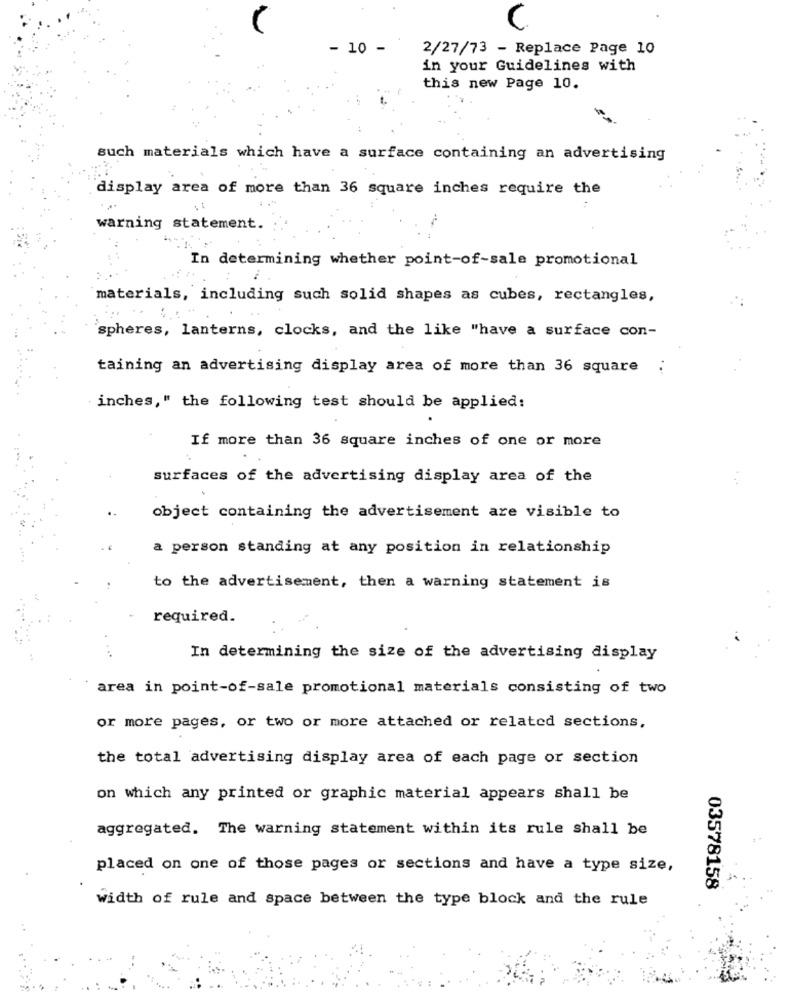
C
- 10 -
2/27/73 - Replace Page 10
in your Guidelines with
this new Page 10.
such materials which have a surface containing an advertising
display area of more than 36 square inches require the
warning statement.
In determining whether point-of-sale promotional
materials, including such solid shapes as cubes, rectangles,
spheres, lanterns, clocks, and the like "have a surface con-
taining an advertising display area of more than 36 square
inches," the following test should be applied:
If more than 36 square inches of one or more
surfaces of the advertising display area of the
object containing the advertisement are visible to
a person standing at any position in relationship
to the advertisement, then a warning statement is
required.
...
In determining the size of the advertising display
area in point-of-sale promotional materials consisting of two
or more pages, or two or more attached or related sections,
the total advertising display area of each page or section
on which any printed or graphic material appears shall be
aggregated. The warning statement within its rule shall be
placed on one of those pages or sections and have a type size,
03578158
width of rule and space between the type block and the rule